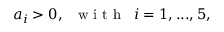
a _ { i } > 0 , \; \; \mathrm { ~ w ~ i ~ t ~ h ~ } \; \; i = 1 , . . . , 5 ,